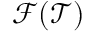
\mathcal { F } ( \mathcal { T } )